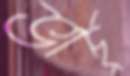
ভার্চু